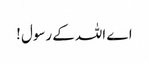
اے اللہ کے رسول !